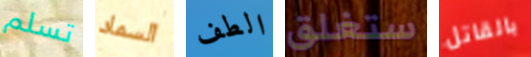
تسلم السماد الطف ستغلق بالقاتل